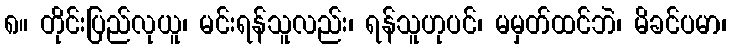
၈။ တိုင်းပြည်လုယူ၊ မင်းရန်သူလည်း၊ ရန်သူဟုပင်၊ မမှတ်ထင်ဘဲ၊ မိခင်ပမာ၊